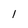
Character: 1